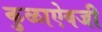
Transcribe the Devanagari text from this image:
कुळाऐवजी